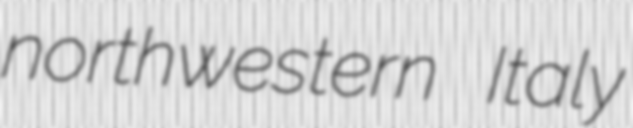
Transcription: northwestern Italy